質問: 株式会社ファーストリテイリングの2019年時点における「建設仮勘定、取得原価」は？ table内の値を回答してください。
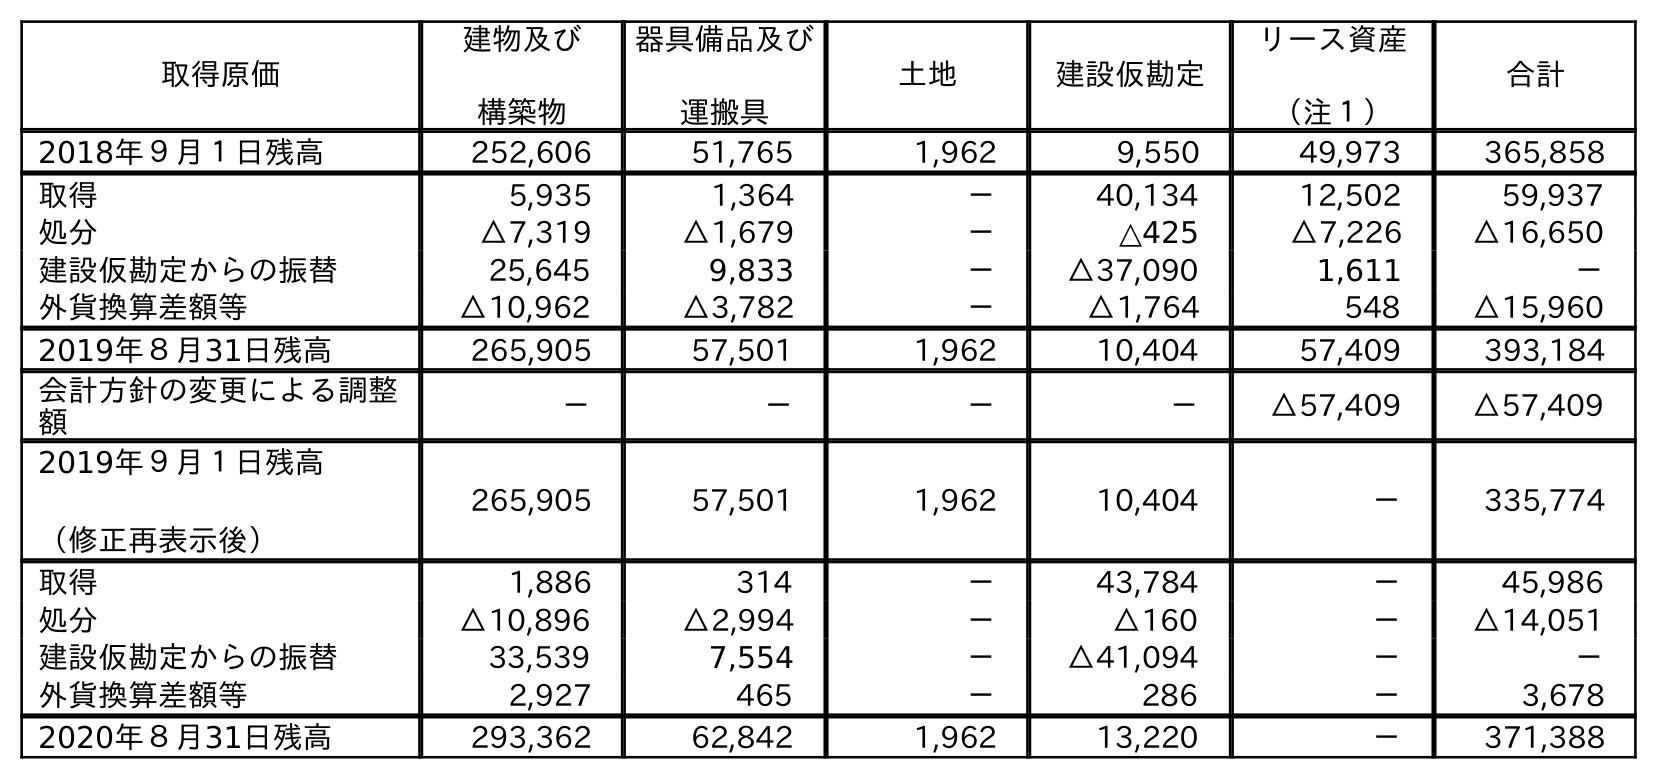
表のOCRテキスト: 取得原価 建物及び 構築物 器具備品及び 運搬具 土地 建設仮勘定 リース資産 （注１） 合計 2018年９月１日残高 252,606 51,765 1,962 9,550 49,973 365,858 取得 5,935 1,364 － 40,134 12,502 59,937 処分 △7,319 △1,679 － △425 △7,226 △16,650 建設仮勘定からの振替 25,645 9,833 － △37,090 1,611 － 外貨換算差額等 △10,962 △3,782 － △1,764 548 △15,960 2019年８月31日残高 265,905 57,501 1,962 10,404 57,409 393,184 会計方針の変更による調整 額 － － － － △57,409 △57,409 2019年９月１日残高 （修正再表示後） 265,905 57,501 1,962 10,404 － 335,774 取得 1,886 314 － 43,784 － 45,986 処分 △10,896 △2,994 － △160 － △14,051 建設仮勘定からの振替 33,539 7,554 － △41,094 － － 外貨換算差額等 2,927 465 － 286 － 3,678 2020年８月31日残高 293,362 62,842 1,962 13,220 － 371,388
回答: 10,404